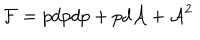
{ \cal F } = p d p d p + p d { \cal A } + { \cal A } ^ { 2 }